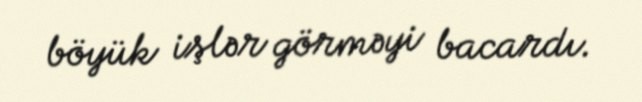
böyük işlər görməyi bacardı.